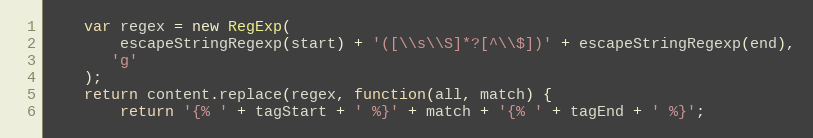
Language: JavaScript
    var regex = new RegExp(
        escapeStringRegexp(start) + '([\\s\\S]*?[^\\$])' + escapeStringRegexp(end),
       'g'
    );
    return content.replace(regex, function(all, match) {
        return '{% ' + tagStart + ' %}' + match + '{% ' + tagEnd + ' %}';